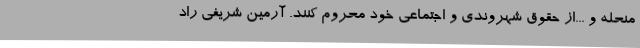
منحله و ...از حقوق شهروندی و اجتماعی خود محروم کنند. آرمین شریفی راد